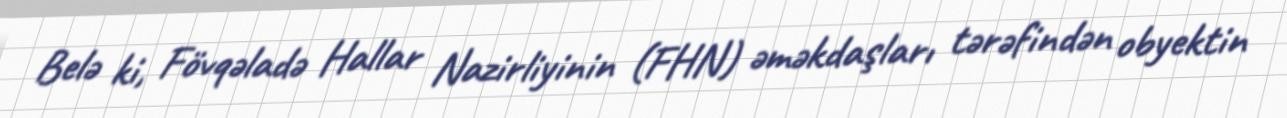
Belə ki, Fövqəladə Hallar Nazirliyinin (FHN) əməkdaşları tərəfindən obyektin